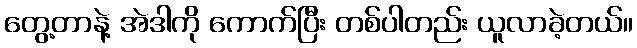
တွေ့တာနဲ့ အဲဒါကို ကောက်ပြီး တစ်ပါတည်း ယူလာခဲ့တယ်။